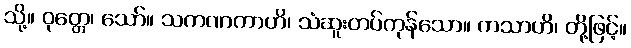
သို့။ ဝုတ္တေ၊ သော်။ သကဏကာဟိ၊ သံဆူးတပ်ကုန်သော။ ကသာဟိ၊ တို့ဖြင့်။